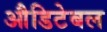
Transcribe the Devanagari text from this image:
औडिटेबल